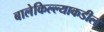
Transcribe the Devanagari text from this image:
बालेकिल्ल्याकडील